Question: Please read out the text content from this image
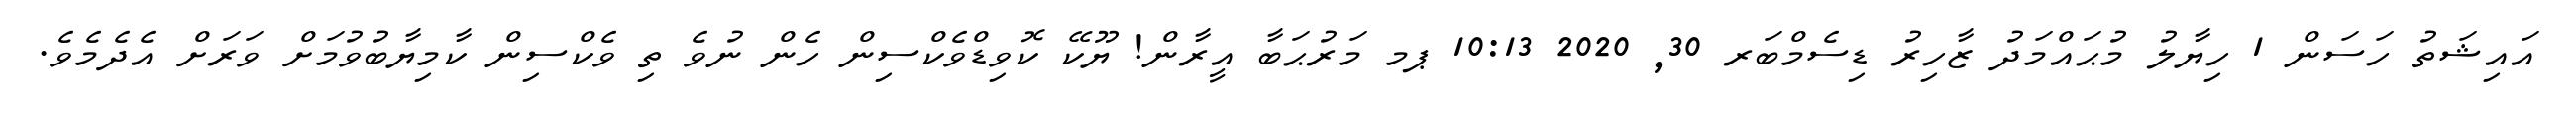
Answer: އައިޝަތު ހަސަން 1 ހިޔާލު މުޙައްމަދު ޒާހިރު ޑިސެމްބަރ 30, 2020 10:13 ޕމ މަރުޙަބާ އީރާން! ޔޫކޭ ކޮވިޑްވެކްސިން ހެން ނުވެ ތި ވެކްސިން ކާމިޔާބުވުމަށް ވަރަށް އެދެމެވެ.